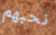
نحبهم